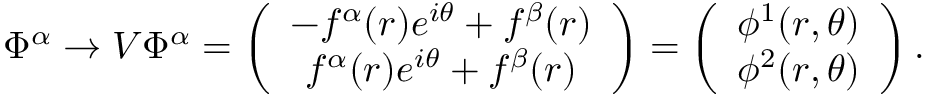
\Phi ^ { \alpha } \rightarrow V \Phi ^ { \alpha } = \left( \begin{array} { c } { { - f ^ { \alpha } ( r ) e ^ { i \theta } + f ^ { \beta } ( r ) } } \\ { { f ^ { \alpha } ( r ) e ^ { i \theta } + f ^ { \beta } ( r ) } } \end{array} \right) = \left( \begin{array} { c } { { \phi ^ { 1 } ( r , \theta ) } } \\ { { \phi ^ { 2 } ( r , \theta ) } } \end{array} \right) .